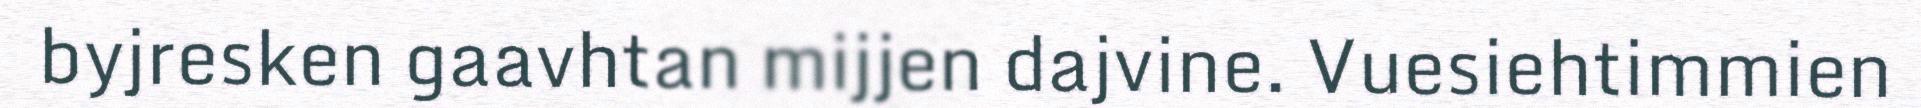
byjresken gaavhtan mijjen dajvine. Vuesiehtimmien